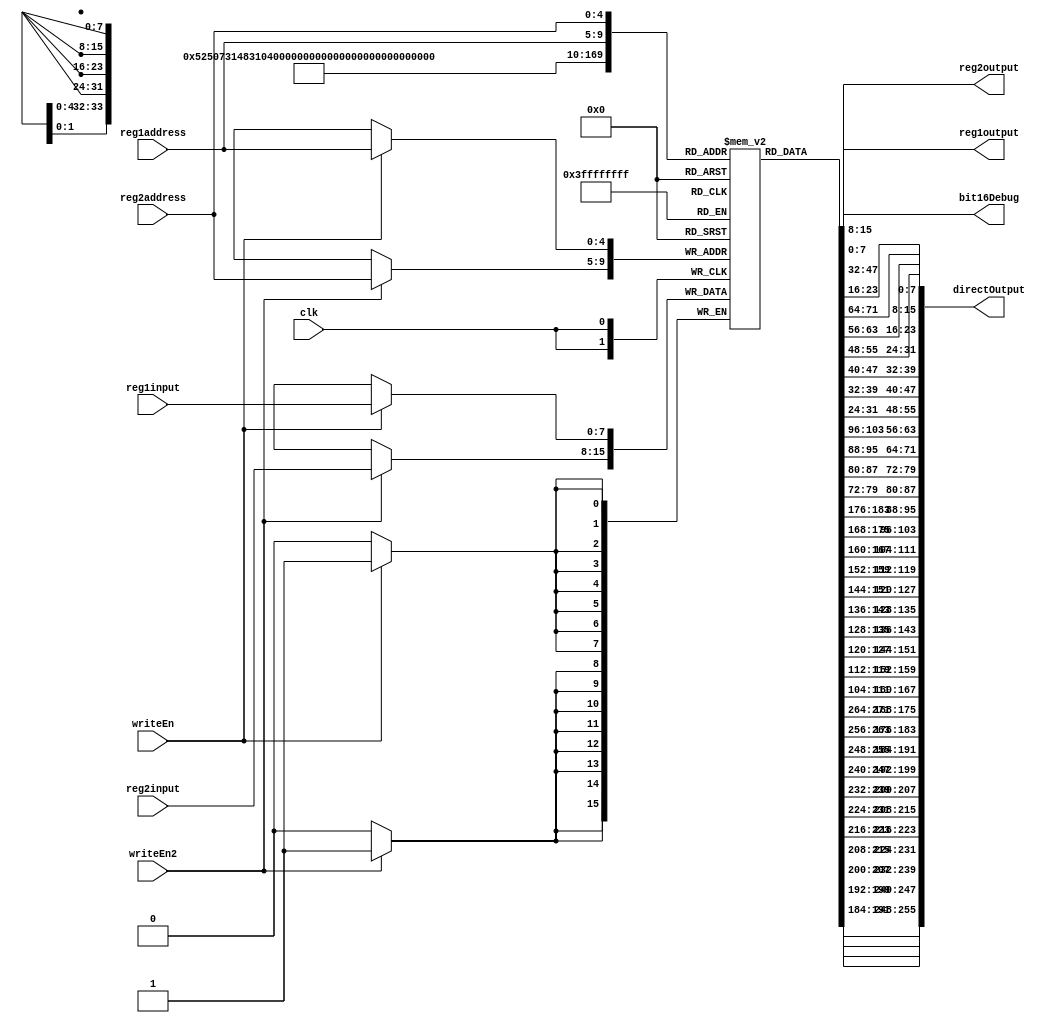
module registerFile(clk,reg1input,writeEn,reg1address,reg1output,reg2address,reg2output,reg2input,writeEn2,bit16Debug,directOutput);

input clk;

input [7:0]reg1input;
input [7:0]reg2input;
input writeEn,writeEn2;
input [4:0]reg1address;
output [7:0]reg1output;

input [4:0]reg2address;
output [7:0]reg2output;

reg [7:0]regs[32];

output [255:0]directOutput;


assign directOutput={regs[0],regs[1],regs[2],regs[3],regs[4],regs[5],regs[6],regs[7],regs[8],regs[9],regs[10],
							regs[11],regs[12],regs[13],regs[14],regs[15],regs[16],regs[17],regs[18],regs[19],regs[20],
							regs[21],regs[22],regs[23],regs[24],regs[25],regs[26],regs[27],regs[28],regs[29],regs[30],
							regs[31]};

output [15:0]bit16Debug;
assign bit16Debug={regs[27],regs[26]};

assign reg1output=regs[reg1address];
assign reg2output=regs[reg2address];

always @(posedge clk)
begin	
	if(writeEn)
	begin
		regs[reg1address]=reg1input;
	end
	
	if(writeEn2)
	begin
		regs[reg2address]=reg2input;
	end
	
end

endmodule